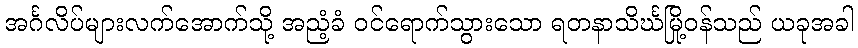
အင်္ဂလိပ်များလက်အောက်သို့ အညံ့ခံ ဝင်ရောက်သွားသော ရတနာသိင်္ဃမြို့ဝန်သည် ယခုအခါ